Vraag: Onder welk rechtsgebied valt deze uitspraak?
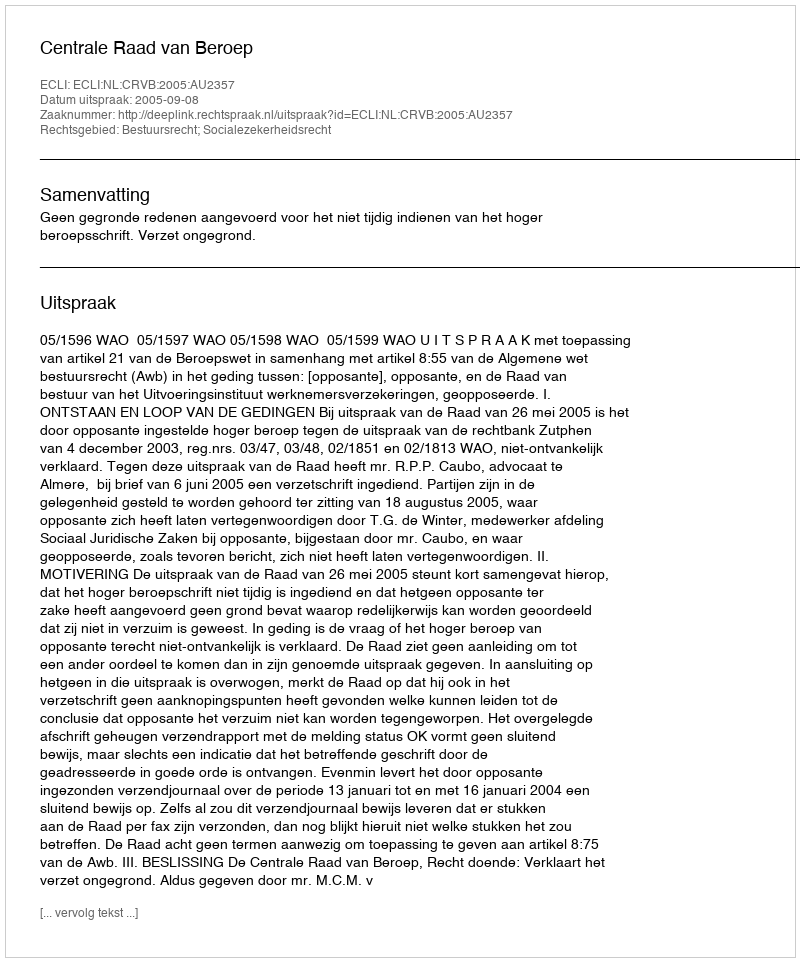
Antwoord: Bestuursrecht; Socialezekerheidsrecht